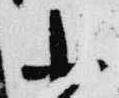
小